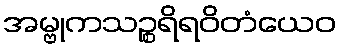
အမ္ဗုကသဉ္စရိရဝိတံယေဝ